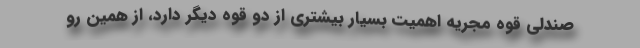
صندلی قوه مجریه اهمیت بسیار بیشتری از دو قوه دیگر دارد، از همین رو